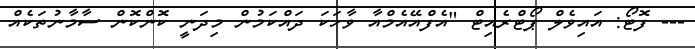
--- ފޮޓޯ: އައިވެލް ޕޯޓްރެއިޓް "އެފްއޭއެމްއާ ވާހަކަ ދައްކަމުން މިދަނީ ކޮންކޮން ސާމާނުތަކެއް